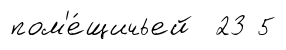
пом'е́щичьей 23 5